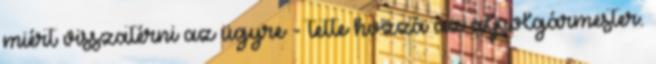
miért visszatérni az ügyre - tette hozzá az alpolgármester.